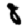
Digit: 8